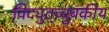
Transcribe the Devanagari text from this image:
विद्युत्‌च्चुंबकीय